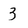
Character: 3